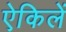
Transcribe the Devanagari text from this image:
ऐकिलें